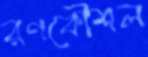
রণকৌশল